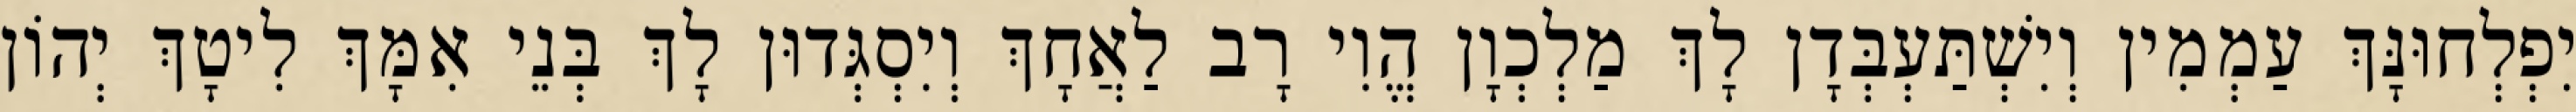
יִפְלְחוּנָּךְ עַמְמִין וְיִשְׁתַּעְבְּדָן לָךְ מַלְכְוָן הֱוִי רָב לַאֲחָךְ וְיִסְגְּדוּן לָךְ בְּנֵי אִמָּךְ לִיטָךְ יְהוֹן